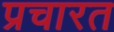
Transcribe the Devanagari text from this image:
प्रचारत